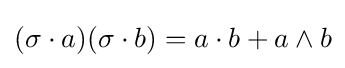
(\sigma \cdot a)(\sigma \cdot b)=a\cdot b+a\wedge b